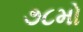
૭૮મો